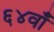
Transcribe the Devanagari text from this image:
६४वाँ